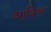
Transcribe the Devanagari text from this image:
थायिरू